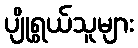
ပျိုရွယ်သူများ